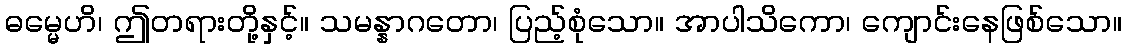
ဓမ္မေဟိ၊ ဤတရားတို့နှင့်။ သမန္နာဂတော၊ ပြည့်စုံသော။ အာပါသိကော၊ ကျောင်းနေဖြစ်သော။